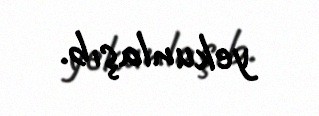
yekunlaşıb.